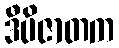
ဒီပိဇာတက